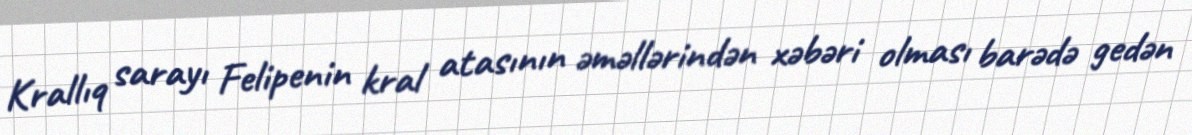
Krallıq sarayı Felipenin kral atasının əməllərindən xəbəri olması barədə gedən